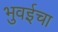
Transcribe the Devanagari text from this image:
भुवईचा